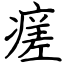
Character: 瘥